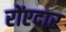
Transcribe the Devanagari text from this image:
रोंएदार